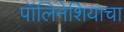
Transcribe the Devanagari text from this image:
पॉलिनेशियाचा